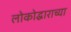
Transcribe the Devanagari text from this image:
लोकोद्धाराच्या